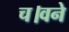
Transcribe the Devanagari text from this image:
च।वने